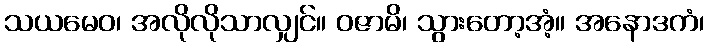
သယမေဝ၊ အလိုလိုသာလျှင်။ ဝဇာမိ၊ သွားတော့အံ့။ အနောဒကံ၊